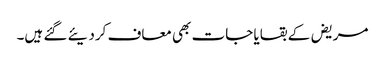
مریض کے بقایا جات بھی معاف کردیئے گئے ہیں۔